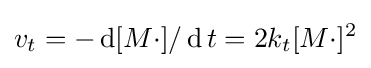
v_{t}={-\operatorname {d} [M\cdot ]/\operatorname {d} t}=2k_{t}[M\cdot ]^{2}